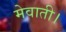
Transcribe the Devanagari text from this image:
मेवाती।